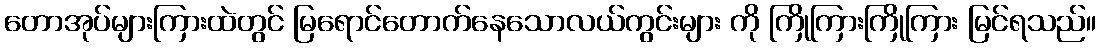
တောအုပ်များကြားထဲတွင် မြရောင်တောက်နေသောလယ်ကွင်းများ ကို ကြိုကြားကြိုကြား မြင်ရသည်။